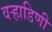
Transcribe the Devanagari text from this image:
वर्‍हाडिणी